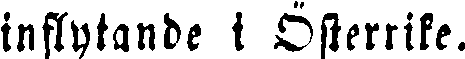
inflytande i Österrike.